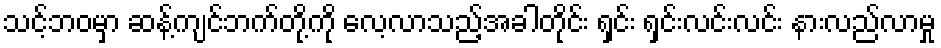
သင့်ဘဝမှာ ဆန့်ကျင်ဘက်တို့ကို လေ့လာသည့်အခါတိုင်း ရှင်း ရှင်းလင်းလင်း နားလည်လာမှု